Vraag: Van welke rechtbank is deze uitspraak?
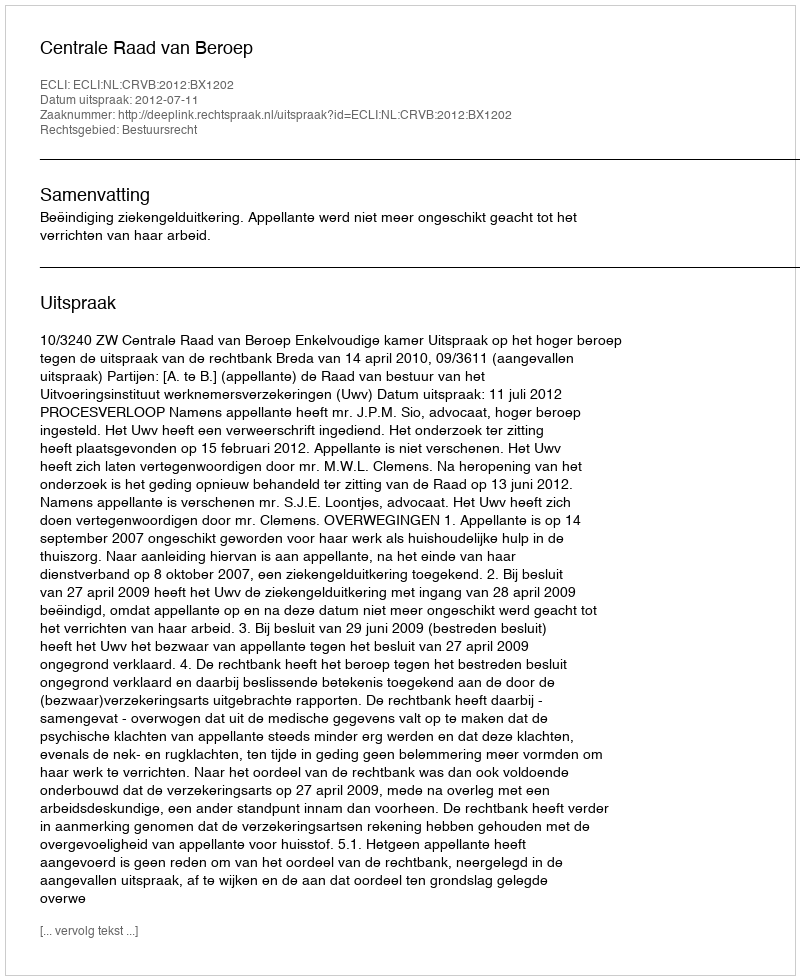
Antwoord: Centrale Raad van Beroep